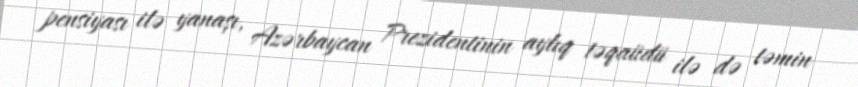
pensiyası ilə yanaşı, Azərbaycan Prezidentinin aylıq təqaüdü ilə də təmin